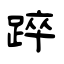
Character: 踤